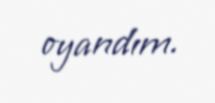
oyandım.